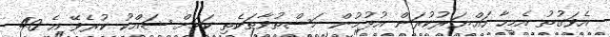
އެވަގުތު އެމީހާ ހައްޔަރުކުރަން އުޅުމުން މަސްތުވާތަކެތި ކަމަށް ޝައްކު ކުރެވޭ އެ 40